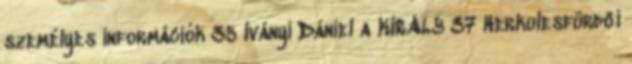
személyes információk 35 Iványi Dániel a KIRÁLY 37 Herkulesfürdői